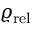
\varrho _ { \mathrm { r e l } }